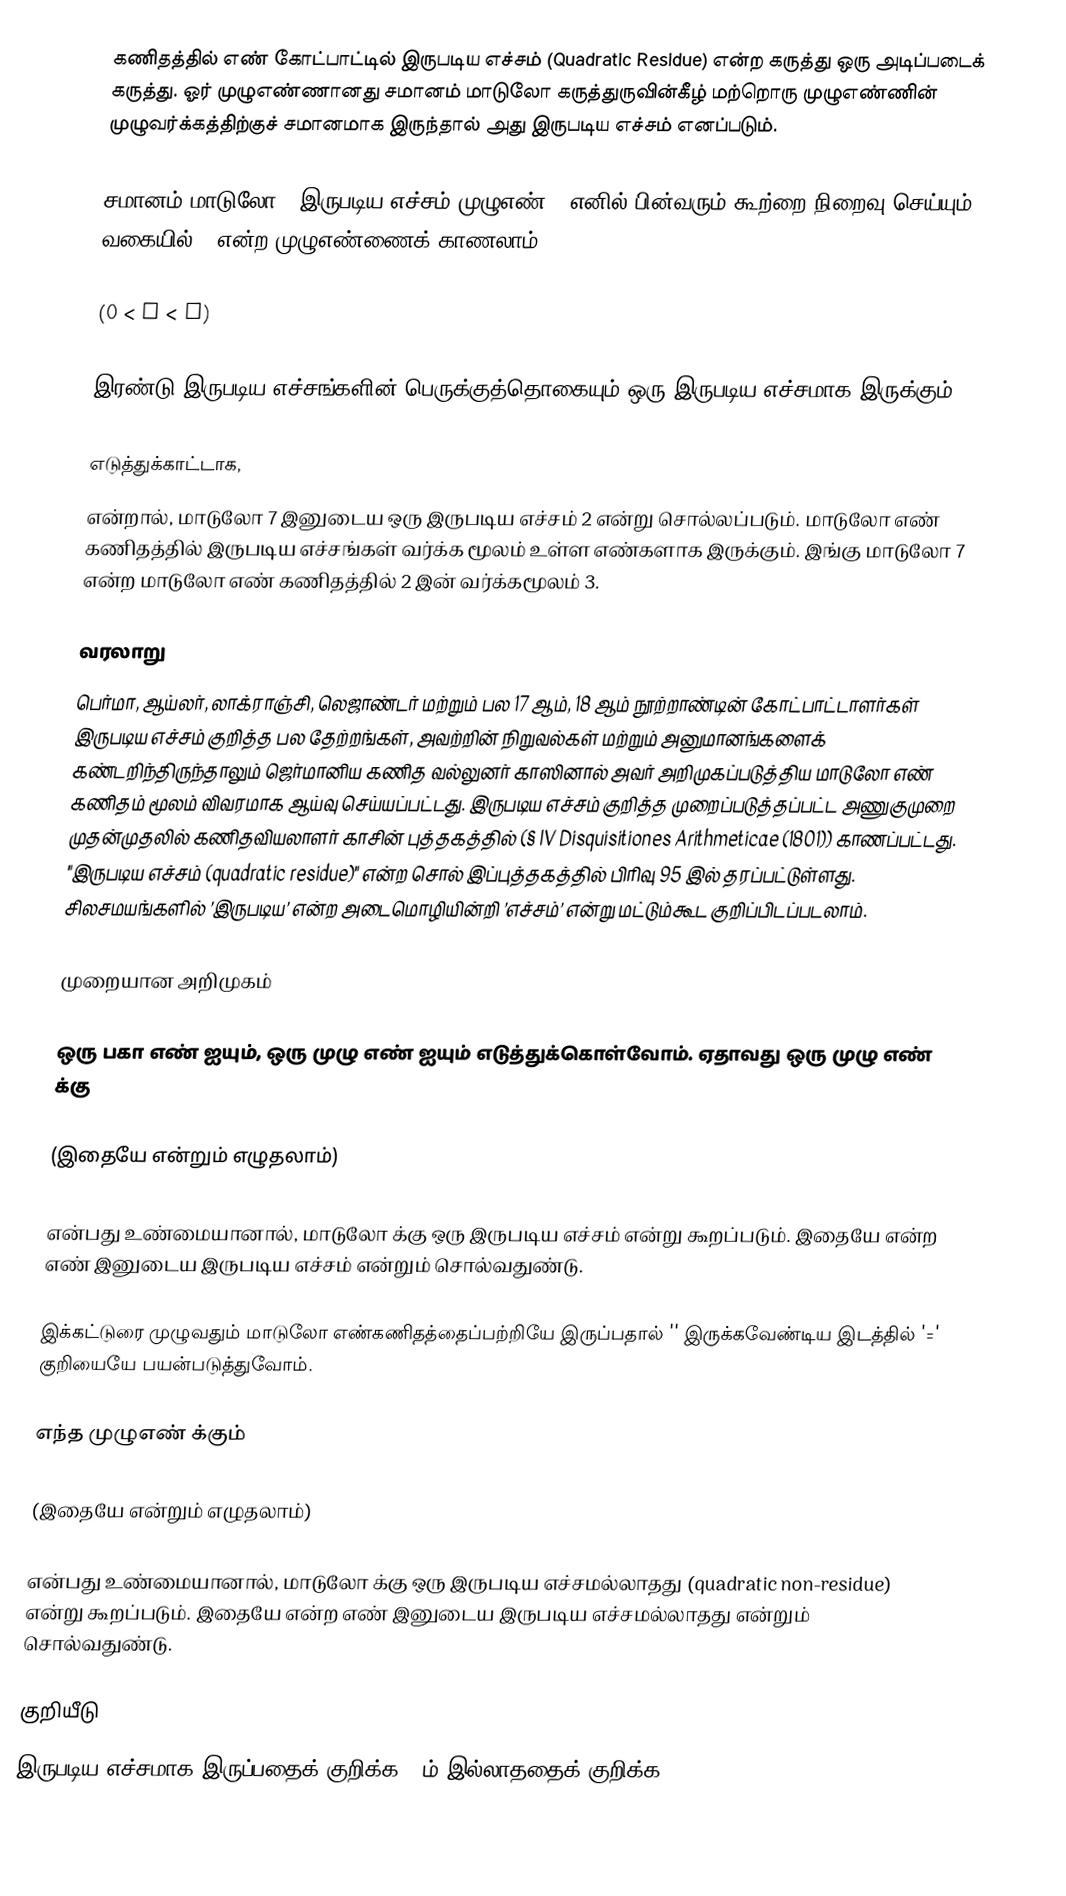
கணிதத்தில் எண் கோட்பாட்டில் இருபடிய எச்சம் (Quadratic Residue) என்ற கருத்து ஒரு அடிப்படைக் கருத்து. ஓர் முழுஎண்ணானது சமானம் மாடுலோ கருத்துருவின்கீழ் மற்றொரு முழுஎண்ணின் முழுவர்க்கத்திற்குச்  சமானமாக இருந்தால் அது இருபடிய எச்சம் எனப்படும்.

சமானம் மாடுலோ n இருபடிய எச்சம் முழுஎண் q எனில் பின்வரும் கூற்றை நிறைவு செய்யும் வகையில் x என்ற முழுஎண்ணைக் காணலாம்:

 (0 < x < n)

இரண்டு இருபடிய எச்சங்களின் பெருக்குத்தொகையும் ஒரு இருபடிய எச்சமாக இருக்கும்.

எடுத்துக்காட்டாக,
 என்றால், மாடுலோ 7 இனுடைய ஒரு இருபடிய எச்சம் 2  என்று சொல்லப்படும். மாடுலோ எண் கணிதத்தில் இருபடிய எச்சங்கள் வர்க்க மூலம் உள்ள எண்களாக இருக்கும். இங்கு மாடுலோ 7 என்ற மாடுலோ எண் கணிதத்தில் 2 இன் வர்க்கமூலம் 3.

வரலாறு
பெர்மா, ஆய்லர், லாக்ராஞ்சி, லெஜாண்டர் மற்றும் பல 17 ஆம், 18 ஆம் நூற்றாண்டின் கோட்பாட்டாளர்கள் இருபடிய எச்சம் குறித்த பல தேற்றங்கள், அவற்றின் நிறுவல்கள் மற்றும் அனுமானங்களைக் கண்டறிந்திருந்தாலும் ஜெர்மானிய கணித வல்லுனர் காஸினால் அவர் அறிமுகப்படுத்திய  மாடுலோ எண் கணிதம் மூலம் விவரமாக ஆய்வு செய்யப்பட்டது. இருபடிய எச்சம் குறித்த முறைப்படுத்தப்பட்ட அணுகுமுறை முதன்முதலில் கணிதவியலாளர் காசின் புத்தகத்தில் (§ IV Disquisitiones Arithmeticae (1801)) காணப்பட்டது. "இருபடிய எச்சம் (quadratic residue)" என்ற சொல் இப்புத்தகத்தில் பிரிவு 95 இல் தரப்பட்டுள்ளது. சிலசமயங்களில் ’இருபடிய’ என்ற அடைமொழியின்றி ’எச்சம்’ என்று மட்டும்கூட குறிப்பிடப்படலாம்.

முறையான அறிமுகம்

ஒரு பகா எண்  ஐயும், ஒரு முழு எண்  ஐயும்  எடுத்துக்கொள்வோம். ஏதாவது ஒரு முழு எண்   க்கு

 (இதையே   என்றும் எழுதலாம்)

என்பது உண்மையானால், மாடுலோ  க்கு    ஒரு இருபடிய எச்சம்  என்று கூறப்படும். இதையே  என்ற எண்  இனுடைய இருபடிய எச்சம் என்றும் சொல்வதுண்டு.

இக்கட்டுரை முழுவதும் மாடுலோ எண்கணிதத்தைப்பற்றியே இருப்பதால்  '' இருக்கவேண்டிய இடத்தில் '=' குறியையே பயன்படுத்துவோம்.

எந்த முழுஎண்  க்கும்

 (இதையே   என்றும் எழுதலாம்)

என்பது உண்மையானால், மாடுலோ  க்கு    ஒரு இருபடிய எச்சமல்லாதது  (quadratic non-residue) என்று கூறப்படும். இதையே  என்ற எண்  இனுடைய இருபடிய எச்சமல்லாதது என்றும் சொல்வதுண்டு.

குறியீடு
இருபடிய எச்சமாக இருப்பதைக் குறிக்க R ம் இல்லாததைக் குறிக்க